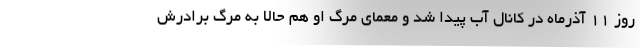
روز ۱۱ آذرماه در کانال آب پیدا شد و معمای مرگ او هم حالا به مرگ برادرش